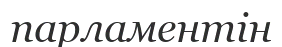
парламентін